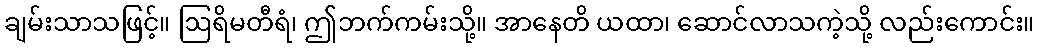
ချမ်းသာသဖြင့်။ ဩရိမတီရံ၊ ဤဘက်ကမ်းသို့။ အာနေတိ ယထာ၊ ဆောင်လာသကဲ့သို့ လည်းကောင်း။